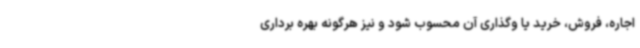
اجاره، فروش، خرید یا وگذاری آن محسوب شود و نیز هرگونه بهره برداری